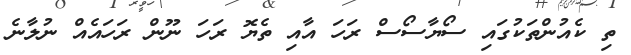
ތި ކެއުންތަކުގައި ސޯޔާސޯސް ރަހަ އާއި ތެޔޮ ރަހަ ނޫން ރަހައެއް ނުލާނެ